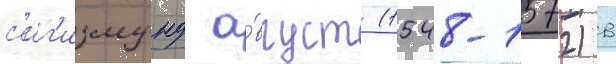
с'иг'измунд а́вгуст (1548-1572) в